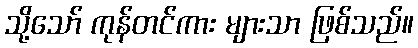
သို့သော် ကုန်တင်ကား များသာ ဖြစ်သည်။